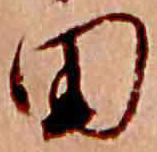
田